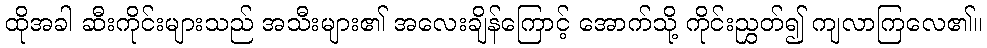
ထိုအခါ ဆီးကိုင်းများသည် အသီးများ၏ အလေးချိန်ကြောင့် အောက်သို့ ကိုင်းညွှတ်၍ ကျလာကြလေ၏။